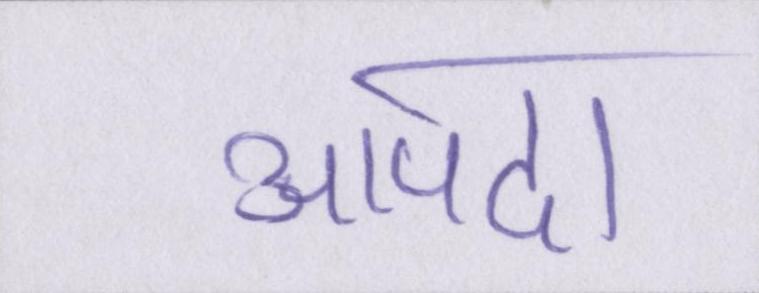
आपदा